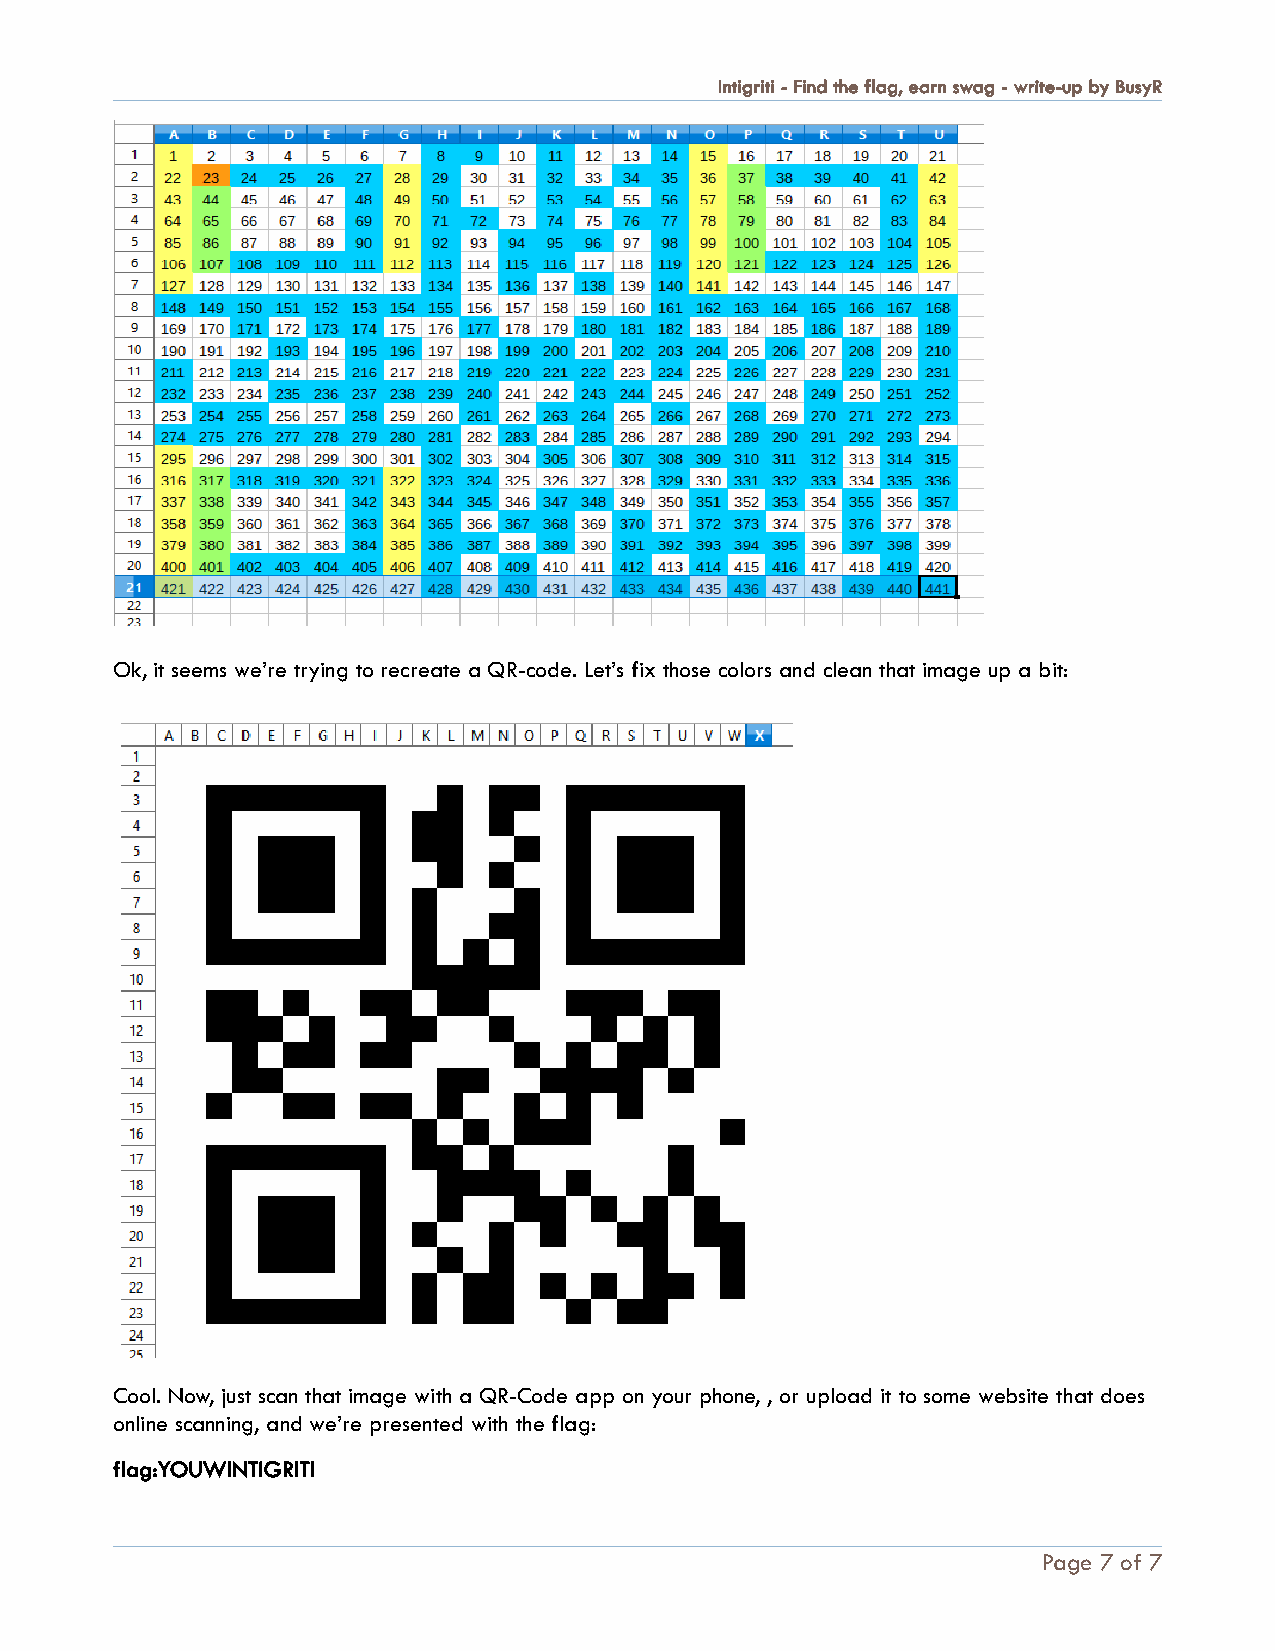
Intigriti - Find the flag, earn swag - write-up by BusyR
 Ok, it seems we’re trying to recreate a QR-code. Let’s fix those colors and clean that image up a bit:
 Cool. Now, just scan that image with a QR-Code app on your phone, , or upload it to some website that does
 online scanning, and we’re presented with the flag:
 flag:YOUWINTIGRITI
 Page 7 of 7